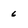
Character: 6